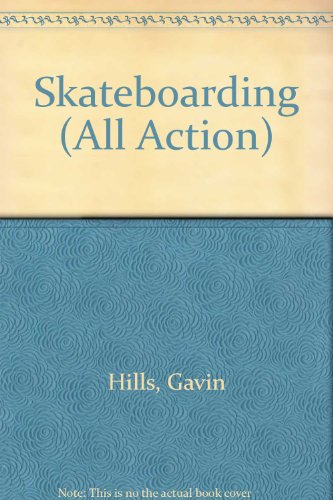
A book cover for Skateboarding (All Action); Gavin Hills; Sports & Outdoors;